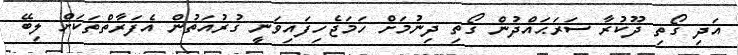
އަދި ގޯތި ދޫކުރާ ސަރަޙައްދުން ގޯތި ދިނުމަށް ހަމަޖެހިފައިވަނީ ގުރުއަތުން އެފަރާތްތަކަށް ލިބޭ